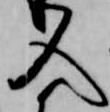
入